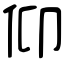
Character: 仰